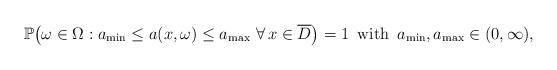
LaTeX: \begin{align*} \mathbb{P}\big(\omega \in \Omega: a_{\min} \le a(x,\omega) \le a_{\max}\ \forall\, x\in \overline{D}\big) = 1 \,\,\,\mbox{with}\,\,\, a_{\min}, a_{\max} \in (0,\infty),\end{align*}